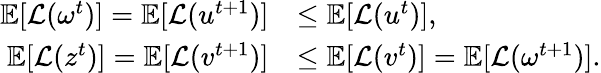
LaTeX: \begin{array}{rl}{\mathbb{E}[\mathcal{L}(\omega^{t})]=\mathbb{E}[\mathcal{L}(u^{t+1})]}&{\leq\mathbb{E}[\mathcal{L}(u^{t})],}\\ {\mathbb{E}[\mathcal{L}(z^{t})]=\mathbb{E}[\mathcal{L}(v^{t+1})]}&{\leq\mathbb{E}[\mathcal{L}(v^{t})]=\mathbb{E}[\mathcal{L}(\omega^{t+1})].}\end{array}